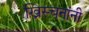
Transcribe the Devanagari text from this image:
ख्रिस्चनांनी